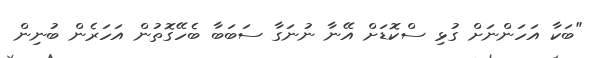
"ބަކާ އަހަންނަށް ގުޅި ސްކޮޑަށް އޭނާ ނުނަގާ ސަބަބާ ބެހޭގޮތުން އަހަރެން ބުނިން